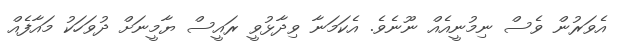
އެވަރުން ވެސް ނިމުނީއެއް ނޫނެވެ. އެކަމަނާ ވިދާޅުވީ ރައީސް ޔާމީނަށް ދުވަހަކު މައާފެއް